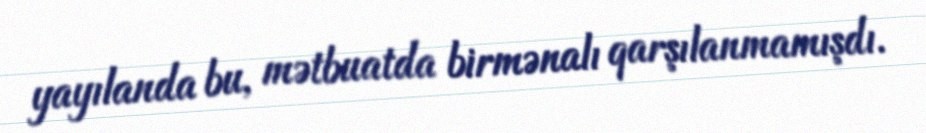
yayılanda bu, mətbuatda birmənalı qarşılanmamışdı.